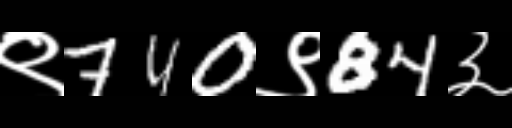
Text: ९740९84३